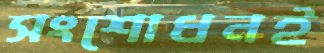
সংশোধনই